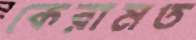
কেরামত